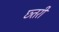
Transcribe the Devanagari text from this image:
छ्तरी